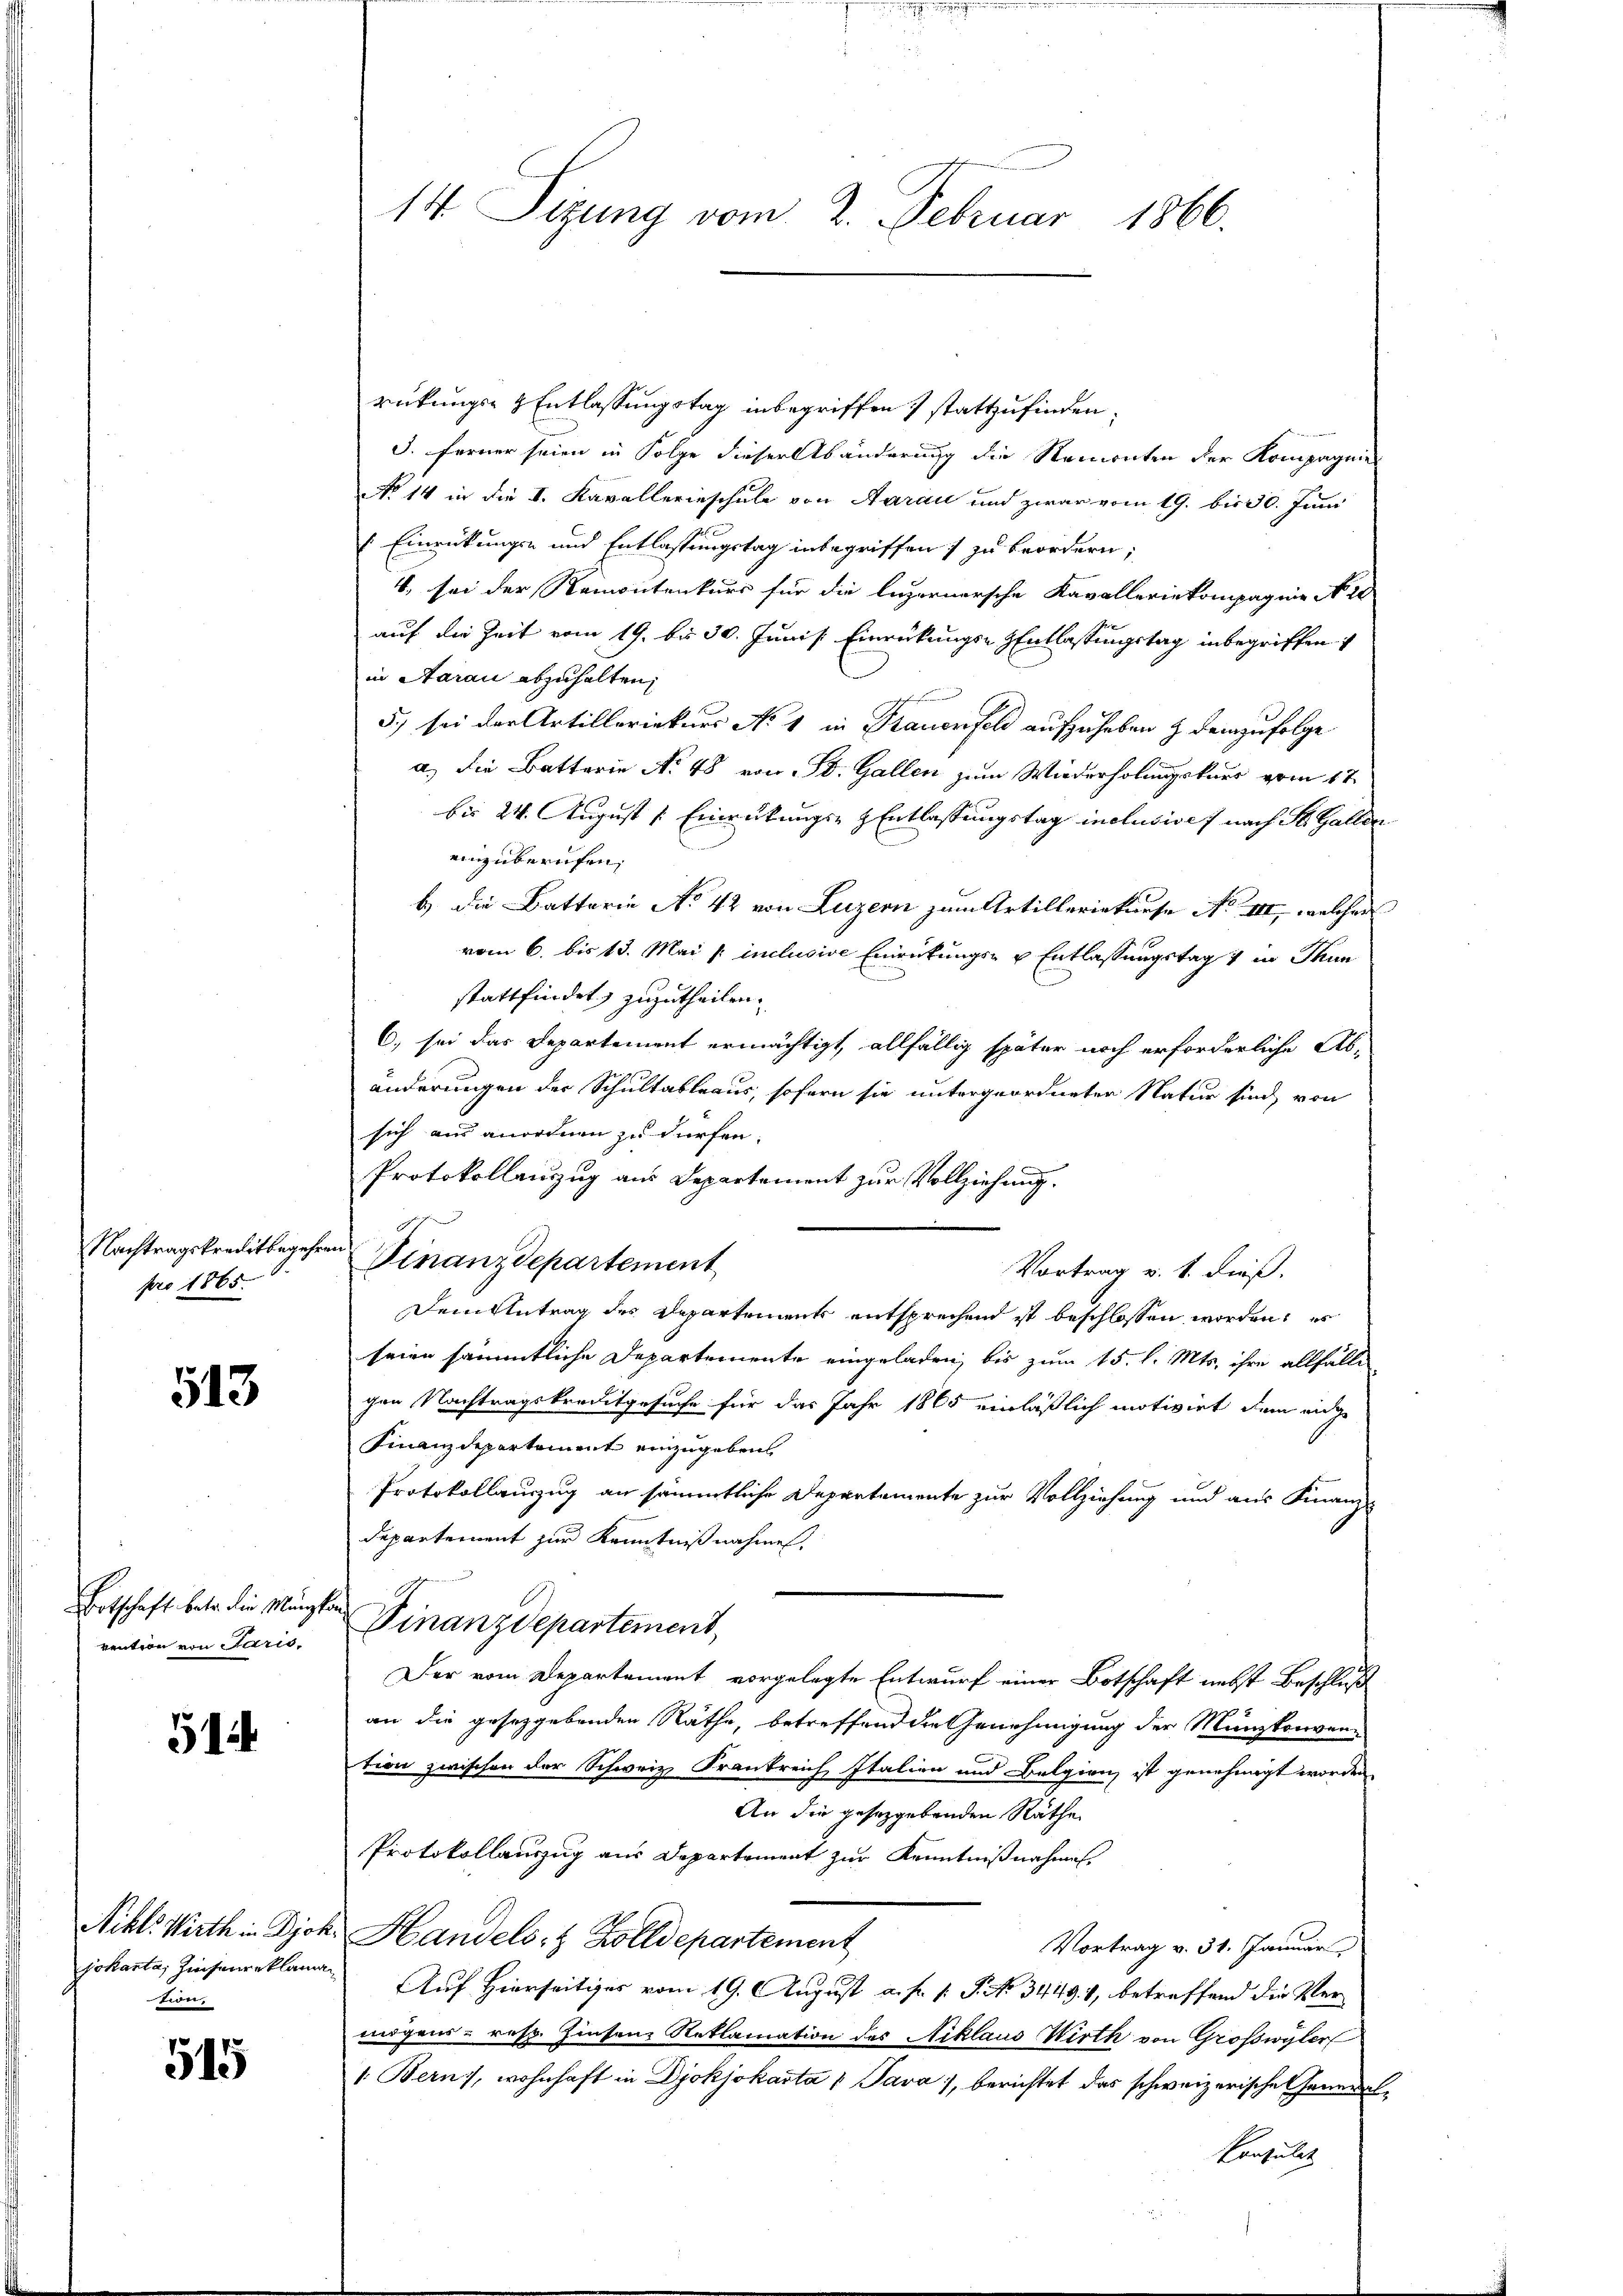
pro 1865.

513

vention von Paris.

514

jokanta, Zinsenreklaman
ten,

515

rückungs- & Entlassungstag inbegriffen) stattzufinden,
3. Ferner seien in Folge dieser Abänderung die Remonten der Kompagnie
No 14 in die I. Kavallerieschule von Aarau und zwar vom 19. bis 30. Juni
Einrückungs- und Entlassungstag inbegriffen) zu beordern;
V, sei der Remontenkurs für die luzernersche Kavalleriekompagnie No. 18
auf die Zeit vom 19. bis 30. Junis. Einrückungs-Entlassungstag inbegriffen
in Aarau abzuhalten,
5.) sei der Artilleriekurs No 1 in Frauenfeld aufzuheben z. demzufolge
a) die Batterie No 48 von St. Gallen zum Wiederholungskurs vom 17.
bis 24. August [ Einrütungs- & Entlassungstag inclusive nach St. Gallen
einzuberufen,
b.) Die Batterie No 42 von Luzern zum Artilleriekurse No III, welcher
vom 6. bis 13. Mai / inclusive Einrückungs- u Entlassungstag 4 in Thun
stattfindet, zuzutheilen.
C. sei das Departement ermächtigt, allfällig später noch erforderliche Abänderungen der Schultableaus, sofern sie untergeordneten Natur sind, von
sich aus anordnen zu dürfen.
Protokollanzug aus Departement zur Vollziehung.
Dem Antrag des Departements entsprechend ist beschlossen worden, es
seien sämmtliche Departemente eingeladen, bis zum 15. l. Mts. ihre allfälle
gen Nachtragskreditgesuche für das Jahr 1865 einläßlich motivirt dem eidge
Finanzdepartement einzugeben
Protokollauszug an sämmtliche Departemente zur Vollziehung und aus Finanz-
Departement zur Kenntnißnahmen.
Ertschaft betr. die Mänger Finanzdepartement,
Der vom Departement vorgelegte Entwurf einer Botschaft nebst Beschluß
an die gesetzgebenden Näthe, betreffend die Genehmigung der Münzkonven-
tion zwischen der Schweiz. Krankreich Italien und Belgien, ist genehmigt worden
An die gesetzgebenden Räthe
Protokollauszug aus Departement zur Kenntnißnahme
Nikl. Wirth in Dich. Handels- & Zolldepartement
Vortrag v. 31. Januar
Auf Hierseitiges vom 19. August a. f. 1. P. No 3449. 1, betreffend die Vermögens- resp. Zinsen Reklamation des Niklaus Wirth von Großwyler
1. Bern), wohnhaft in Djokjokasta 1 Java), berichtet das schweizerische General¬
Consulat

14 Sizung vom 2. Februar 1866.

Nachtragskreditbegehren Finanzdepartement

Vortrag v. 1. dieß.